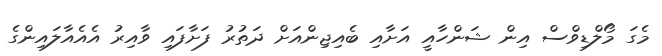
މެގަ މޯލްޑިވްސް އިން ޝަންހާއީ އަށާއި ބެއިޖިންއަށް ދަތުރު ފަށާފައި ވާއިރު އެއެއާލައިންގެ